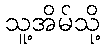
သူ့အိမ်သို့